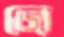
জ্যে